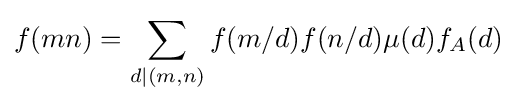
f(mn)=\sum _{d\mid (m,n)}f(m/d)f(n/d)\mu (d)f_{A}(d)